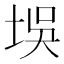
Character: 𪣘